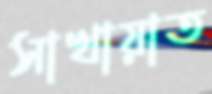
সাখায়াত